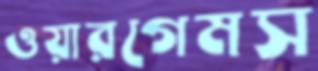
ওয়ারগেমস